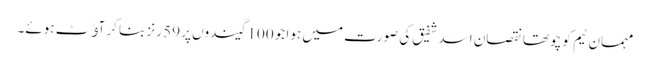
مہمان ٹیم کو چوتھا نقصان اسد شفیق کی صورت میں ہوا جو 100 گیندوں پر 59 رنز بنا کر آﺅٹ ہوئے۔